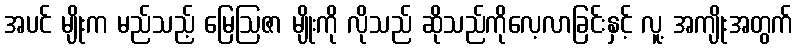
အပင် မျိုးက မည်သည့် မြေဩဇာ မျိုးကို လိုသည် ဆိုသည်ကိုလေ့လာခြင်းနှင့် လူ့ အကျိုးအတွက်